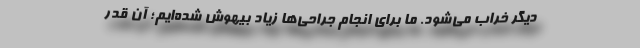
دیگر خراب می‌شود. ما برای انجام جراحی‌ها زیاد بیهوش شده‌ایم؛ آن‌ قدر